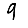
Digit: 9